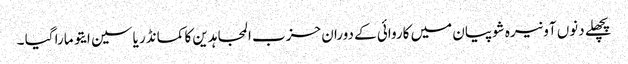
پچھلے دنوں آونیرہ شوپیان میں کاروائی کے دوران حزب المجاہدین کا کمانڈر یاسین ایتو مارا گیا ۔